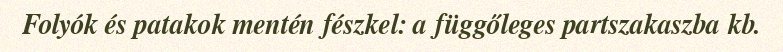
Folyók és patakok mentén fészkel: a függőleges partszakaszba kb.